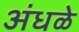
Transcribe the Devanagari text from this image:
अंधळे